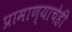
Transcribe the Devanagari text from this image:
प्रामाण्याचेही